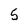
Character: 5